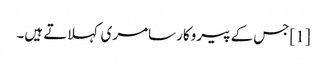
[1]جس کے پیروکار سامری کہلاتے ہیں۔